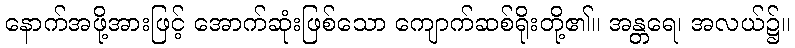
နောက်အဖို့အားဖြင့် အောက်ဆုံးဖြစ်သော ကျောက်ဆစ်ရိုးတို့၏။ အန္တရေ၊ အလယ်၌။